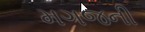
મગજની